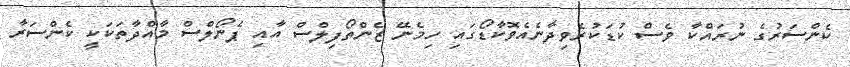
ކެންސަރުގެ ނުރައްކާ ވެސް ކުޑަކުރެވިދާނެއެވޮކާޑޯގައި ހިމެނޭ ޒެންތޯފިލްސް އާއި ޕެނޯލްސް މާއްދާތަކަކީ ކެންސަރާ